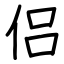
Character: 侣